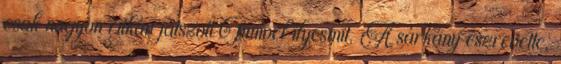
csak nagyon ritkán játszott Timivel ilyesmit. A sárkány észrevette,